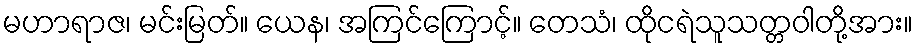
မဟာရာဇ၊ မင်းမြတ်။ ယေန၊ အကြင်ကြောင့်။ တေသံ၊ ထိုငရဲသူသတ္တဝါတို့အား။